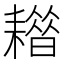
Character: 𦔡